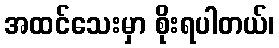
အထင်သေးမှာ စိုးရပါတယ်၊